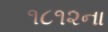
૧૮૧૨ના